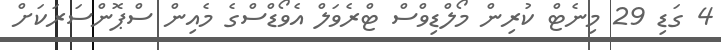
4 ގަޑި 29 މިނެޓް ކުރިން މޯލްޑިވްސް ޓްރެވަލް އެވޯޑްސްގެ މެއިން ސްޕޮންސަރަކަށް